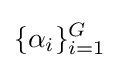
\{\alpha _{i}\}_{i=1}^{G}